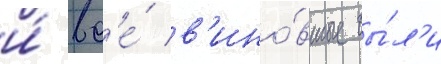
и́ вс'е́ в'ино́вные бы́л'и